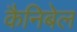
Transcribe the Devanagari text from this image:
कैनिबेल